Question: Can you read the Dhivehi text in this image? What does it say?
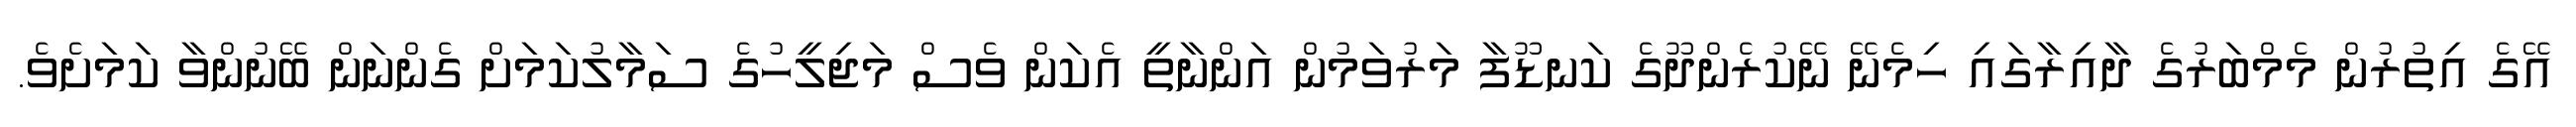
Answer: އޭގެ އިތުރުން މެމްބަރުގެ ދާއިރާގައި ހިމެނޭ ނޭކުރެންދޫގެ ކަނޑޫފާ މަރުވަމުން އަންނާތީ އެކަން ވެސް މަޖިލީހުގެ ސަމާލުކަމަށް ގެންނަން ބޭނުންވާ ކަމަށެވެ.